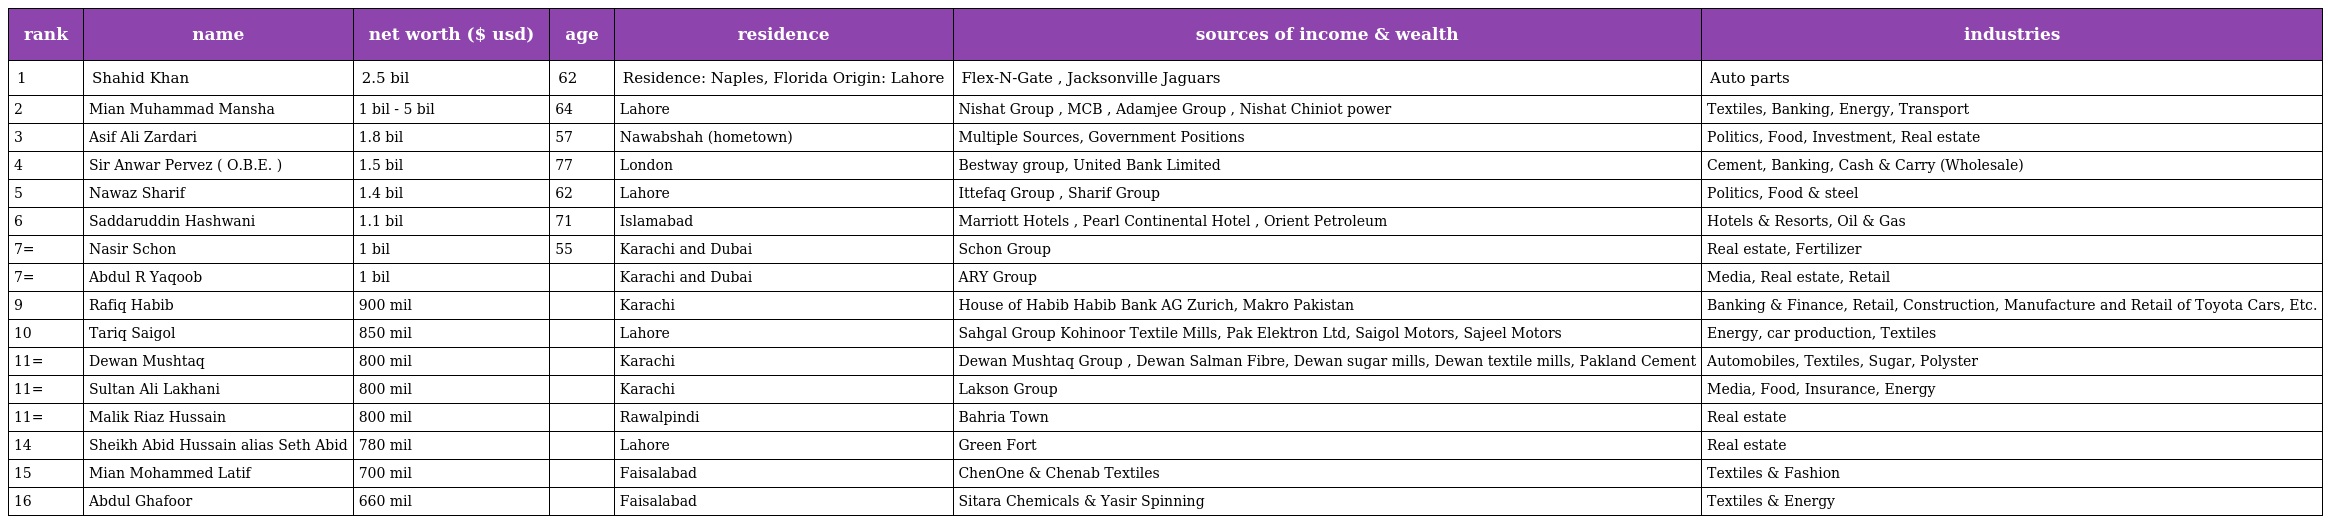
| rank | name | net worth ($ usd) | age | residence | sources of income & wealth | industries |
 | --- | --- | --- | --- | --- | --- | --- |
 | 1 | Shahid Khan | 2.5 bil | 62 | Residence: Naples, Florida Origin: Lahore | Flex-N-Gate , Jacksonville Jaguars | Auto parts |
 | 2 | Mian Muhammad Mansha | 1 bil - 5 bil | 64 | Lahore | Nishat Group , MCB , Adamjee Group , Nishat Chiniot power | Textiles, Banking, Energy, Transport |
 | 3 | Asif Ali Zardari | 1.8 bil | 57 | Nawabshah (hometown) | Multiple Sources, Government Positions | Politics, Food, Investment, Real estate |
 | 4 | Sir Anwar Pervez ( O.B.E. ) | 1.5 bil | 77 | London | Bestway group, United Bank Limited | Cement, Banking, Cash & Carry (Wholesale) |
 | 5 | Nawaz Sharif | 1.4 bil | 62 | Lahore | Ittefaq Group , Sharif Group | Politics, Food & steel |
 | 6 | Saddaruddin Hashwani | 1.1 bil | 71 | Islamabad | Marriott Hotels , Pearl Continental Hotel , Orient Petroleum | Hotels & Resorts, Oil & Gas |
 | 7= | Nasir Schon | 1 bil | 55 | Karachi and Dubai | Schon Group | Real estate, Fertilizer |
 | 7= | Abdul R Yaqoob | 1 bil |  | Karachi and Dubai | ARY Group | Media, Real estate, Retail |
 | 9 | Rafiq Habib | 900 mil |  | Karachi | House of Habib Habib Bank AG Zurich, Makro Pakistan | Banking & Finance, Retail, Construction, Manufacture and Retail of Toyota Cars, Etc. |
 | 10 | Tariq Saigol | 850 mil |  | Lahore | Sahgal Group Kohinoor Textile Mills, Pak Elektron Ltd, Saigol Motors, Sajeel Motors | Energy, car production, Textiles |
 | 11= | Dewan Mushtaq | 800 mil |  | Karachi | Dewan Mushtaq Group , Dewan Salman Fibre, Dewan sugar mills, Dewan textile mills, Pakland Cement | Automobiles, Textiles, Sugar, Polyster |
 | 11= | Sultan Ali Lakhani | 800 mil |  | Karachi | Lakson Group | Media, Food, Insurance, Energy |
 | 11= | Malik Riaz Hussain | 800 mil |  | Rawalpindi | Bahria Town | Real estate |
 | 14 | Sheikh Abid Hussain alias Seth Abid | 780 mil |  | Lahore | Green Fort | Real estate |
 | 15 | Mian Mohammed Latif | 700 mil |  | Faisalabad | ChenOne & Chenab Textiles | Textiles & Fashion |
 | 16 | Abdul Ghafoor | 660 mil |  | Faisalabad | Sitara Chemicals & Yasir Spinning | Textiles & Energy |